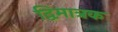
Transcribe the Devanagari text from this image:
द्विमात्रक